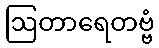
ဩတာရေတဗ္ဗံ